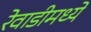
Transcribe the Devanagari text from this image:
रेवाडीमध्ये